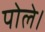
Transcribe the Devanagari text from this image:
पोले।